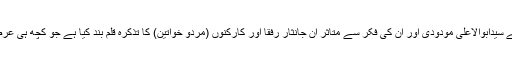
زیرنظر کتاب میں مصنف نے سیّدابوالاعلیٰ مودودیؒ اور ان کی فکر سے متاثر ان جانثار رفقا اور کارکنوں (مردو خواتین) کا تذکرہ قلم بند کیا ہے جو کچھ ہی عرصہ قبل دنیا میں موجود تھے۔